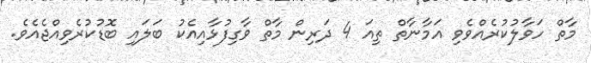
މާތް ހަވާލުކުރެއްވެވި އަމާނާތް ތިއަ 4 ދަރިން މާތް ވާގިފުޅާއިއެކު ބަލައި ބޮޑުކުރެވިއްޖެއެވެ.